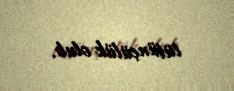
tütünçülük olub.